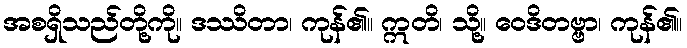
အစရှိသည်တို့ကို။ ဒဿိတာ၊ ကုန်၏။ ဣတိ၊ သို့။ ဝေဒိတဗ္ဗာ၊ ကုန်၏။